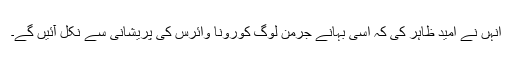
انہں نے امید ظاہر کی کہ اسی بہانے جرمن لوگ کورونا وائرس کی پریشانی سے نکل آئیں گے۔